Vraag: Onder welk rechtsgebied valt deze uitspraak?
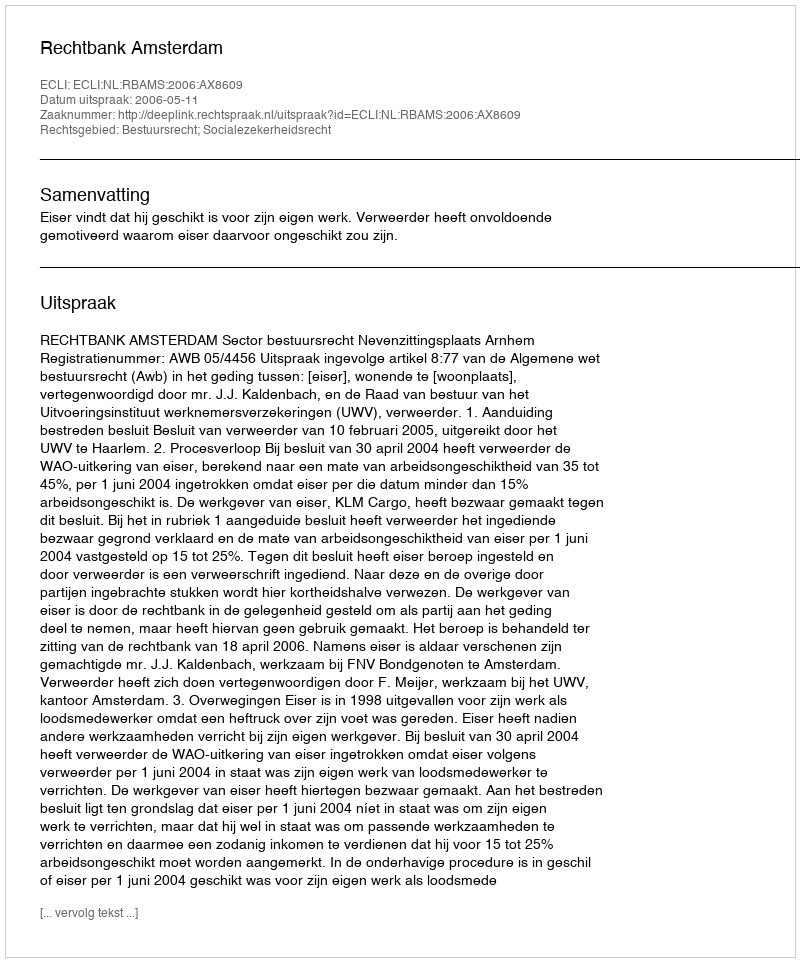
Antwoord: Bestuursrecht; Socialezekerheidsrecht